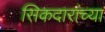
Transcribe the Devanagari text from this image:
सिकदारांच्या